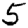
Digit: 5